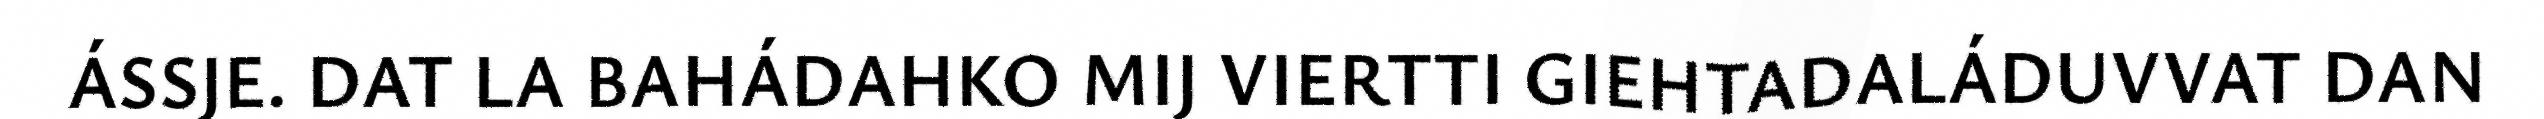
ÁSSJE. DAT LA BAHÁDAHKO MIJ VIERTTI GIEHTADALÁDUVVAT DAN